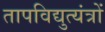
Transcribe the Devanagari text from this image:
तापविद्युत्यंत्रों